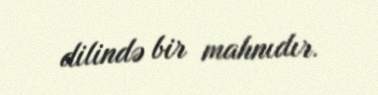
dilində bir mahnıdır.